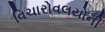
વિચારોવલયોની